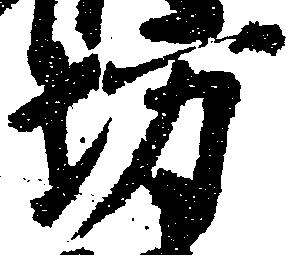
坊